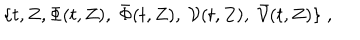
\{ t , Z , \Phi ( t , Z ) , \; \bar { \Phi } ( t , Z ) , \; { \cal V } ( t , Z ) , \; \bar { { \cal V } } ( t , Z ) \} \; ,